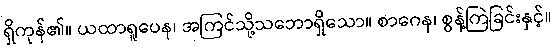
ရှိကုန်၏။ ယထာရူပေန၊ အကြင်သို့သဘောရှိသော။ စာဂေန၊ စွန့်ကြဲခြင်းနှင့်။